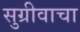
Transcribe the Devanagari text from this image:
सुग्रीवाचा